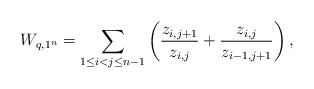
\begin{gather*} W_{q,1^n} = \sum_{1 \le i < j \le n-1} \left( {{z_{i,j+1} \over z_{i,j}}}+{{z_{i,j} \over z_{i-1,j+1}}} \right),\end{gather*}